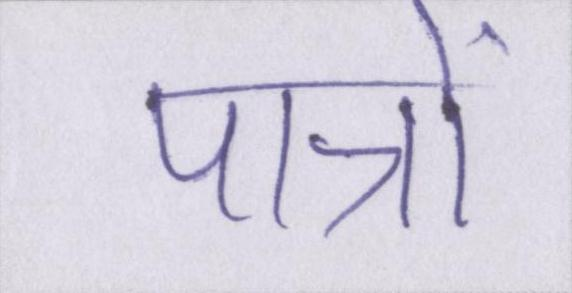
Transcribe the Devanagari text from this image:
पात्रों